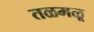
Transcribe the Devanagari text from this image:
तळमळू